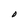
Character: D